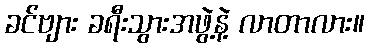
ခင်ဗျား ခရီးသွားအဖွဲ့နဲ့ လာတာလား။